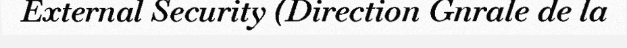
External Security (Direction Gnrale de la